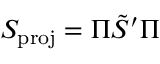
S _ { \mathrm { p r o j } } = \Pi \tilde { S } ^ { \prime } \Pi